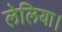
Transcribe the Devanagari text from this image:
लेलिया।